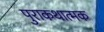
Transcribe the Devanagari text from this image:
पुराकथात्मक